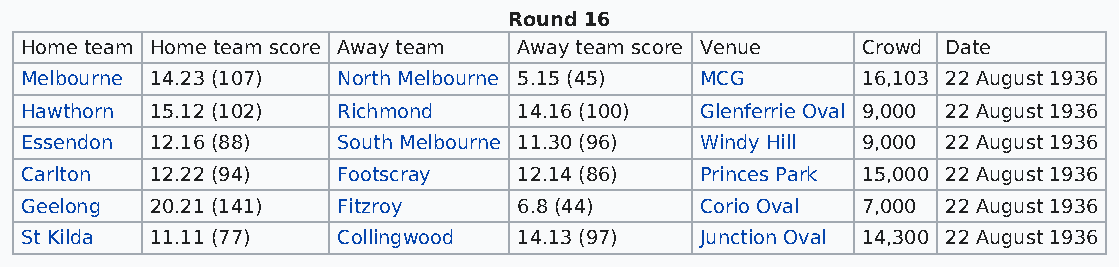
Round 16
 Home team Home team score Away team Away team score Venue Crowd Date
 Melbourne 14.23 (107) North Melbourne 5.15 (45) MCG     16,103 22 August 1936
 Hawthorn 15.12 (102) Richmond    14.16 (100) Glenferrie Oval 9,000 22 August 1936
 Essendon 12.16 (88)  South Melbourne 11.30 (96) Windy Hill 9,000 22 August 1936
 Carlton  12.22 (94)  Footscray   12.14 (86)  Princes Park 15,000 22 August 1936
 Geelong  20.21 (141) Fitzroy     6.8 (44)    Corio Oval 7,000 22 August 1936
 St Kilda 11.11 (77)  Collingwood 14.13 (97)  Junction Oval 14,300 22 August 1936